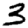
Digit: 3